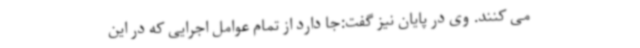
می کنند. وی در پایان نیز گفت:جا دارد از تمام عوامل اجرایی که در این